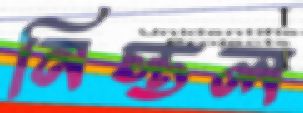
নিস্তল